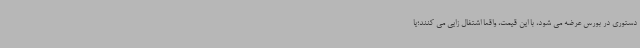
دستوری در بورس عرضه می شود، با این قیمت، واقعا اشتغال زایی می کنند؛یا